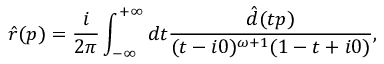
\hat { r } ( p ) = \frac { i } { 2 \pi } \int _ { - \infty } ^ { + \infty } d t \frac { \hat { d } ( t p ) } { ( t - i 0 ) ^ { \omega + 1 } ( 1 - t + i 0 ) } ,